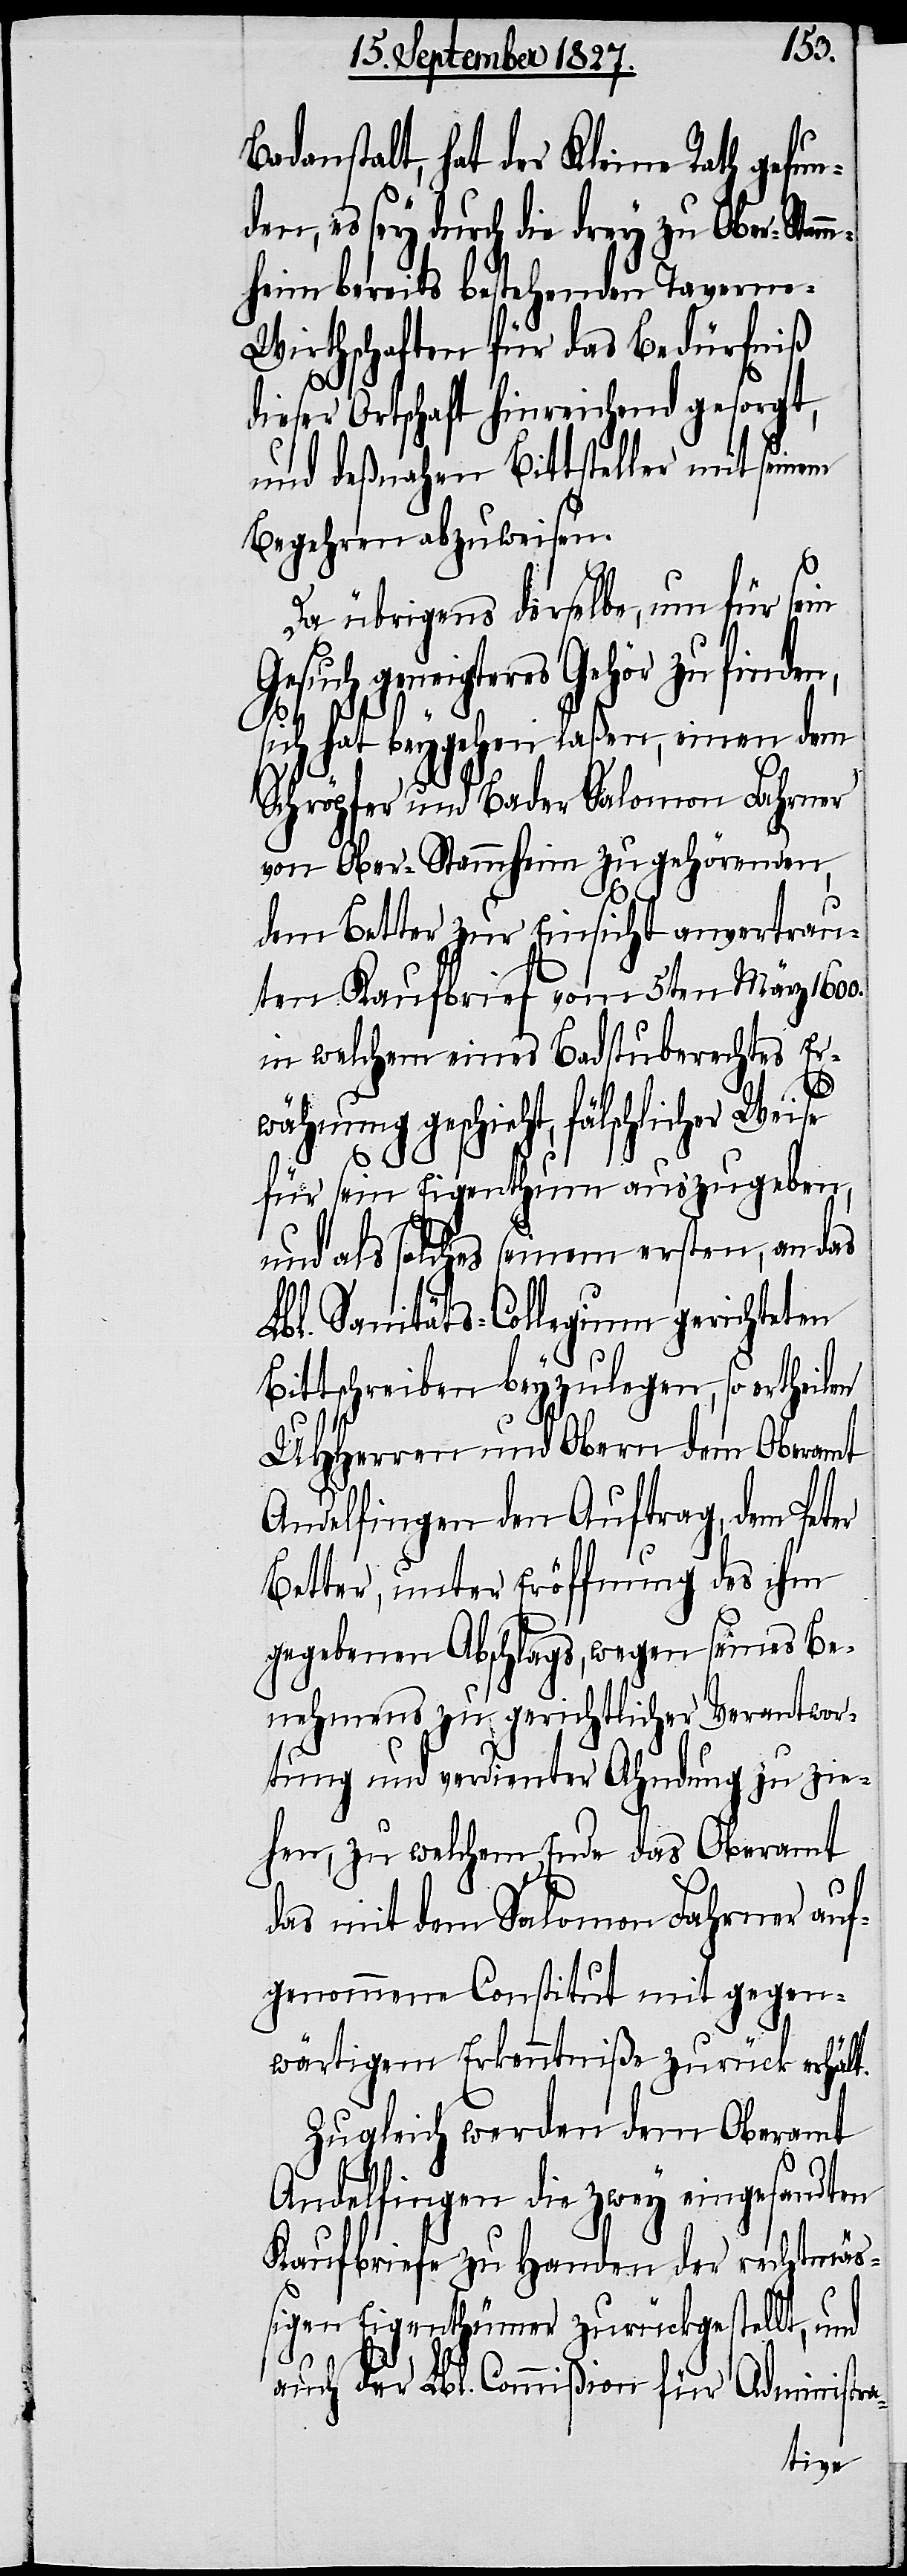
Badanstalt, hat der Kleine Rath gefun¬
den, es sey durch die drey zu Ober-Stam¬
mheim bereits bestehenden Tavern¬
e-Wirthschaften für das Bedürfniß
a-
dieser Ortschaft hinreichend gesorgt,
und deßnahen Bittsteller mit seinem
Begehren abzuweisen.
Da übrigens derselbe, um für sein
Gesuch geneigteres Gehör zu finden,
sich hat beygehen laßen, einen dem
Schröpfer und Bader Salomon Fahrner
von Ober-Stammheim zugehörenden,
dem Better zur Einsicht anvertrau¬
ten Kaufbrief vom 5ten März 1600.
in welchem eines Badstuberechtes Er¬
wähnung geschieht, fälschlicher Weise
für sein Eigenthum auszugeben,
und als solches seinem ersten, an das
Lbl. Sanitäts-Collegium gerichteten
Bittschreiben beyzulegen, so ertheilen
UHHerren und Obern dem Oberamt
Andelfingen den Auftrag, den Peter
Better, unter Eröffnung des ihm
gegebenen Abschlags, wegen seines Be¬
nehmens zu gerichtlicher Verantwor¬
tung und verdienter Ahndung zu zie¬
hen, zu welchem Ende das Oberamt
das mit dem Salomon Fahrner auf¬
genommene Constitut mit gegen¬
wärtigem Erkenntniße zurück erhält.
Zugleich werden dem Oberamt
Andelfingen die zwey eingesandten
Kaufbriefe zu Handen der rechtmäß¬
igen Eigenthümer zurückgestellt, und
auch der Lbl. Commißion für Administr¬